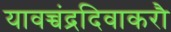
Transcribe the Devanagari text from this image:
यावच्चंद्रदिवाकरौ